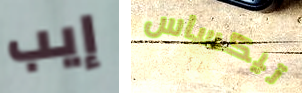
إيب تيكساس